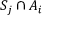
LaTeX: S _ { j } \cap A _ { i }